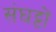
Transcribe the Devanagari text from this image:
संघट्टों